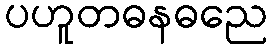
ပဟူတဓနဓညေ